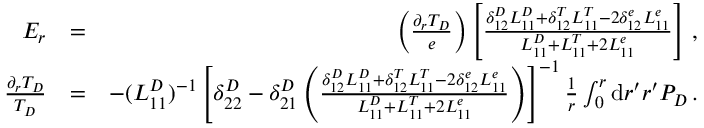
\begin{array} { r l r } { E _ { r } } & { = } & { \left( \frac { \partial _ { r } T _ { D } } { e } \right) \left[ \frac { \delta _ { 1 2 } ^ { D } L _ { 1 1 } ^ { D } + \delta _ { 1 2 } ^ { T } L _ { 1 1 } ^ { T } - 2 \delta _ { 1 2 } ^ { e } L _ { 1 1 } ^ { e } } { L _ { 1 1 } ^ { D } + L _ { 1 1 } ^ { T } + 2 L _ { 1 1 } ^ { e } } \right] \, , } \\ { \frac { \partial _ { r } T _ { D } } { T _ { D } } } & { = } & { - ( L _ { 1 1 } ^ { D } ) ^ { - 1 } \left[ \delta _ { 2 2 } ^ { D } - \delta _ { 2 1 } ^ { D } \left( \frac { \delta _ { 1 2 } ^ { D } L _ { 1 1 } ^ { D } + \delta _ { 1 2 } ^ { T } L _ { 1 1 } ^ { T } - 2 \delta _ { 1 2 } ^ { e } L _ { 1 1 } ^ { e } } { L _ { 1 1 } ^ { D } + L _ { 1 1 } ^ { T } + 2 L _ { 1 1 } ^ { e } } \right) \right] ^ { - 1 } \frac { 1 } { r } \int _ { 0 } ^ { r } \mathrm { d } r ^ { \prime } r ^ { \prime } P _ { D } \, . } \end{array}